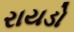
રાયડો